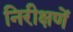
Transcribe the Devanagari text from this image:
निरीक्षणें